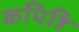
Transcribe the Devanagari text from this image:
कपिहि